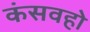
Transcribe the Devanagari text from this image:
कंसवहो